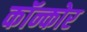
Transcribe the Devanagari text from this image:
कॉन्कोर